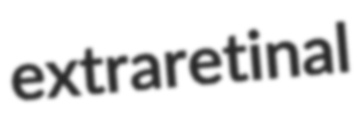
extraretinal